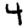
Digit: 4